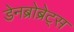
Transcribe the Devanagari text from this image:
डेनब्रोब्रेट्स